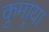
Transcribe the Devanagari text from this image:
कुमार्‍या